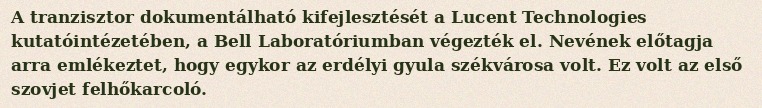
A tranzisztor dokumentálható kifejlesztését a Lucent Technologies kutatóintézetében, a Bell Laboratóriumban végezték el. Nevének előtagja arra emlékeztet, hogy egykor az erdélyi gyula székvárosa volt. Ez volt az első szovjet felhőkarcoló.